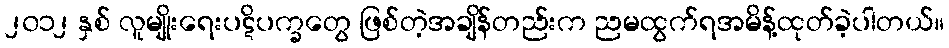
၂၀၁၂ နှစ် လူမျိုးရေးပဋိပက္ခတွေ ဖြစ်တဲ့အချိန်တည်းက ညမထွက်ရအမိန့်ထုတ်ခဲ့ပါတယ်။